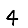
Digit: 4